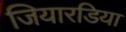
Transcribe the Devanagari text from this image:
जियारडिया